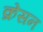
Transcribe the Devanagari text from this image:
क्रेसन